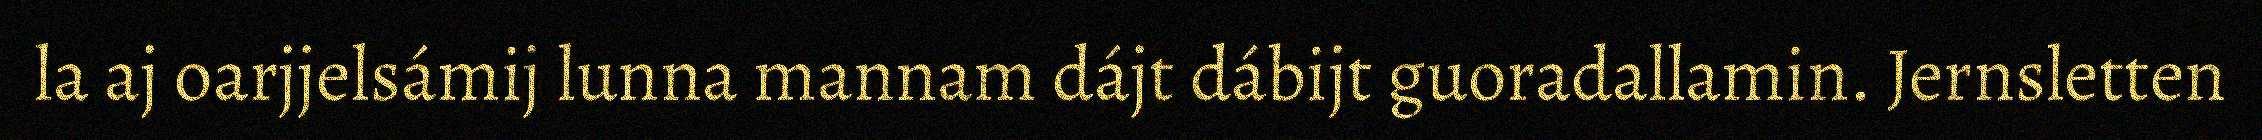
la aj oarjjelsámij lunna mannam dájt dábijt guoradallamin. Jernsletten